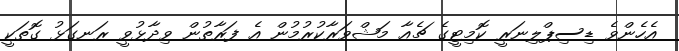
އެހެންވެ ޑިސިޕްލިނަރީ ކޮމިޓީގެ ޗެއާ މަޝްވަރާކުރުމުން އެ ފަރާތުން ވިދާޅުވީ ރަނގަޅު ގޮތަކީ